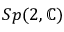
S p ( 2 , \mathbb { C } )